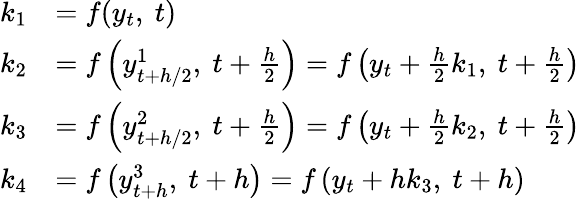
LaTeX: {\begin{array}{rl}{k_{1}}&{=f(y_{t},\ t)}\\ {k_{2}}&{=f\left(y_{t+h/2}^{1},\ t+{\frac{h}{2}}\right)=f\left(y_{t}+{\frac{h}{2}}k_{1},\ t+{\frac{h}{2}}\right)}\\ {k_{3}}&{=f\left(y_{t+h/2}^{2},\ t+{\frac{h}{2}}\right)=f\left(y_{t}+{\frac{h}{2}}k_{2},\ t+{\frac{h}{2}}\right)}\\ {k_{4}}&{=f\left(y_{t+h}^{3},\ t+h\right)=f\left(y_{t}+hk_{3},\ t+h\right)}\end{array}}